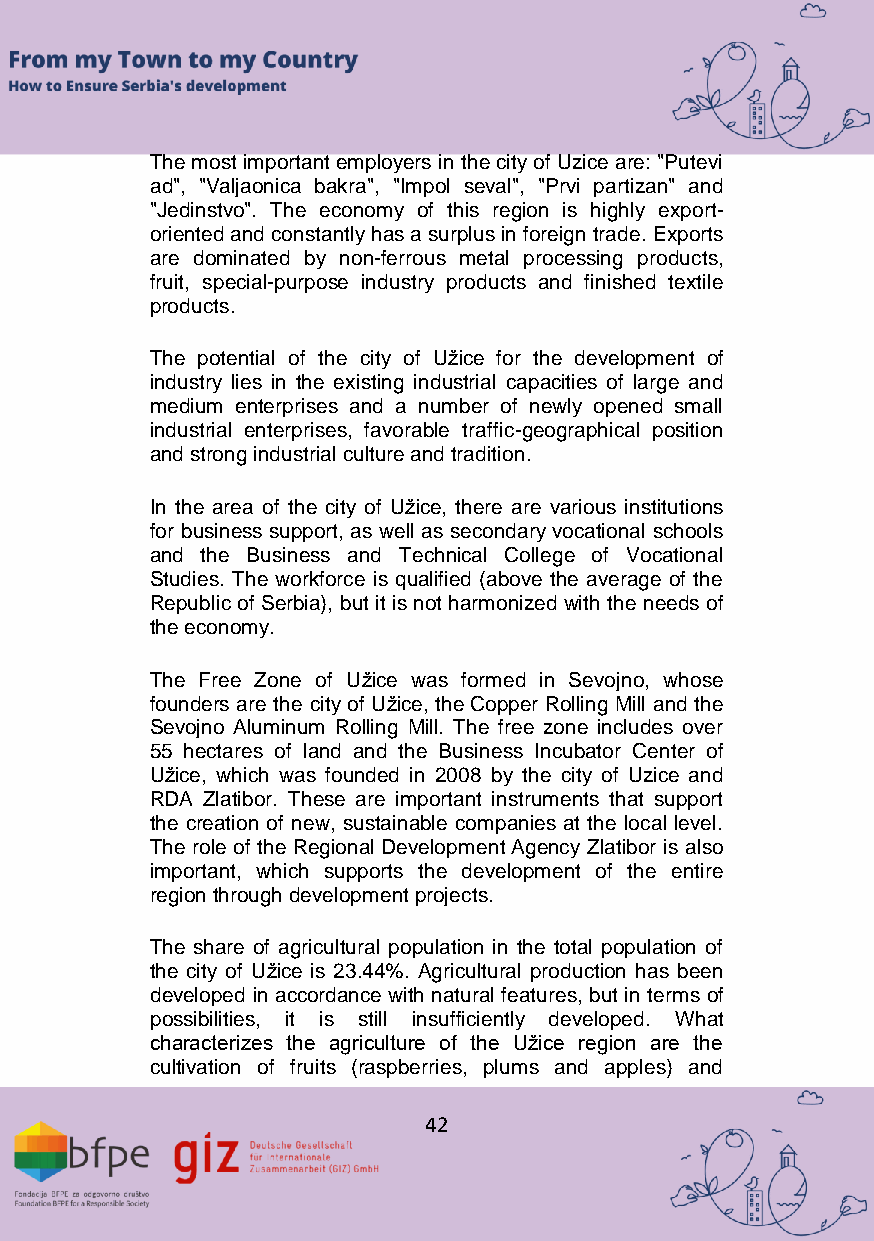
The most important employers in the city of Uzice are: "Putevi
 ad", "Valjaonica bakra", "Impol seval", "Prvi partizan" and
 "Jedinstvo". The economy of this region is highly export-
 oriented and constantly has a surplus in foreign trade. Exports
 are dominated by non-ferrous metal processing products,
 fruit, special-purpose industry products and finished textile
 products.
 The potential of the city of Užice for the development of
 industry lies in the existing industrial capacities of large and
 medium enterprises and a number of newly opened small
 industrial enterprises, favorable traffic-geographical position
 and strong industrial culture and tradition.
 In the area of the city of Užice, there are various institutions
 for business support, as well as secondary vocational schools
 and the Business and Technical College of Vocational
 Studies. The workforce is qualified (above the average of the
 Republic of Serbia), but it is not harmonized with the needs of
 the economy.
 The Free Zone of Užice was formed in Sevojno, whose
 founders are the city of Užice, the Copper Rolling Mill and the
 Sevojno Aluminum Rolling Mill. The free zone includes over
 55 hectares of land and the Business Incubator Center of
 Užice, which was founded in 2008 by the city of Uzice and
 RDA Zlatibor. These are important instruments that support
 the creation of new, sustainable companies at the local level.
 The role of the Regional Development Agency Zlatibor is also
 important, which supports the development of the entire
 region through development projects.
 The share of agricultural population in the total population of
 the city of Užice is 23.44%. Agricultural production has been
 developed in accordance with natural features, but in terms of
 possibilities, it is still insufficiently developed. What
 characterizes the agriculture of the Užice region are the
 cultivation of fruits (raspberries, plums and apples) and
 42